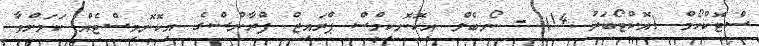
ސްޓޮކްހޯމް (އޮކްޓޯބަރު 14) - ނޯބެލް އިކޮނޮކިމްސް ޕްރައިޒް ފްރާންސްގެ އިކޮނޮމިސްޓެއް ކަމަށްވާ